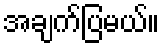
အချက်ပြမယ်။